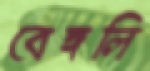
বেঙ্গলি